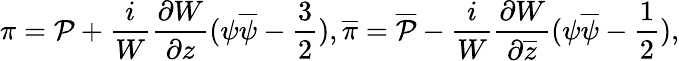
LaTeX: \pi={\cal P}+\frac{i}{W}\frac{\partial W}{\partial z}(\psi\overline{{{\psi}}}-\frac{3}{2}),\overline{{{\pi}}}=\overline{{{{\cal P}}}}-\frac{i}{W}\frac{\partial W}{\partial\overline{{{z}}}}(\psi\overline{{{\psi}}}-\frac{1}{2}),